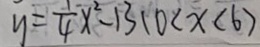
y = \frac { 1 } { 4 } x ^ { 2 } - 1 3 ( 0 < x < 6 )